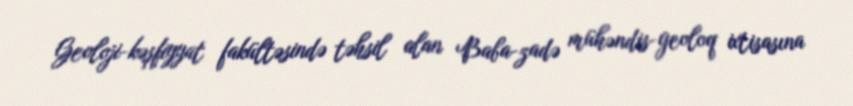
Geoloji-kəşfiyyat fakültəsində təhsil alan Baba-zadə mühəndis-geoloq ixtisasına